Note on the mental hospitals in Burma - 1925-1940
Year: 1925
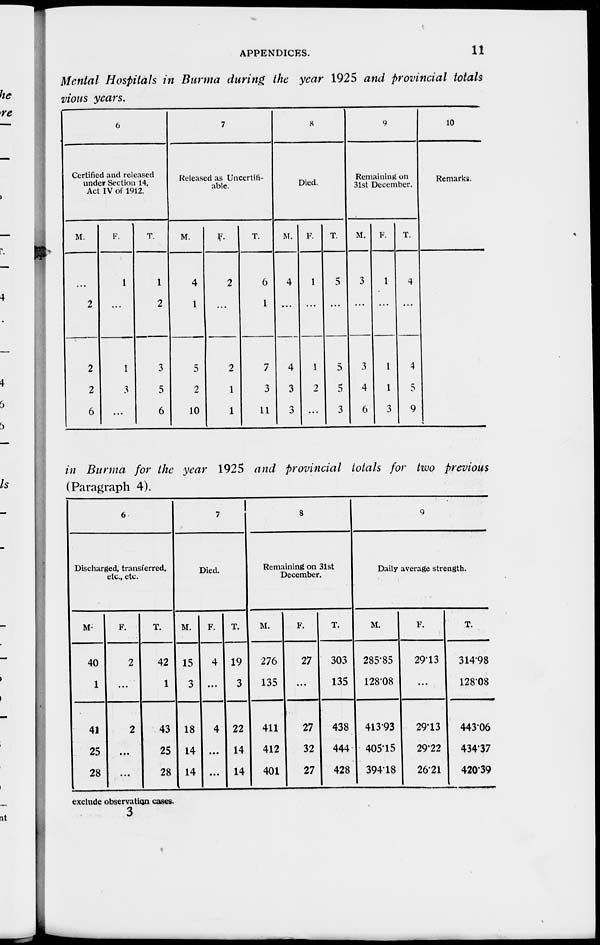
APPENDICES.
11
Mental Hospitals in Burma during the year 1925 and provincial totals
vious years.
6
Certified and released
under Section 14,
Act IV of 1912.
M.
...
2
2
2
6
F.
1
...
1
3
...
T.
1
2
3
5
6
7
Released as Uncertifi¬
able.
M.
4
1
5
2
10
F.
2
...
2
1
1
T.
6
1
7
3
11
8
Died.
M.
4
...
4
3
3
F.
1
...
1
2
...
T.
5
...
5
5
3
9
Remaining on
31st December.
M.
3
...
3
4
6
F.
1
...
1
1
3
T.
4
...
4
5
9
10
Remarks.
in Burma for the year 1925 and provincial totals for two previous
(Paragraph 4).
6
Discharged, transferred,
etc., etc.
M.
40
1
41
25
28
F.
2
...
2
...
...
T.
42
1
43
25
28
7
Died.
M.
15
3
18
14
14
F.
4
...
4
...
...
T.
19
3
22
14
14
8
Remaining on 31st
December.
M.
276
135
411
412
401
F.
27
...
27
32
27
T.
303
135
438
444
428
9
Daily average strength.
M.
285.85
128.08
413.93
405.15
394.18
F.
29.13
...
29.13
29.22
26.21
T.
314.98
128.08
443.06
434.37
420.39
exclude observation cases.
3